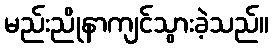
မည်းညိုနာကျင်သွားခဲ့သည်။